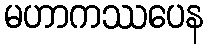
မဟာကဿပေန